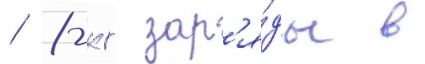
/ 8-кг зар'я́ды в